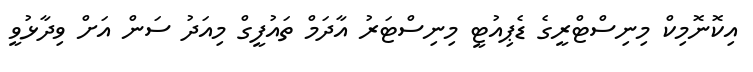
އިކޮނޮމިކް މިނިސްޓްރީގެ ޑެޕިއުޓީ މިނިސްޓަރު އާދަމް ތައުފީގް މިއަދު ސަން އަށް ވިދާޅުވީ